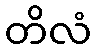
တိလံ